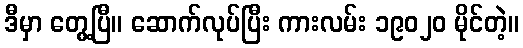
ဒီမှာ တွေ့ပြီ။ ဆောက်လုပ်ပြီး ကားလမ်း ၁၉၀၂၀ မိုင်တဲ့။